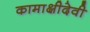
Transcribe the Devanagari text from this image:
कामाक्षीदेवी